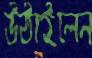
উঠাইলেন